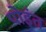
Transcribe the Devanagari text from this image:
पोइंत